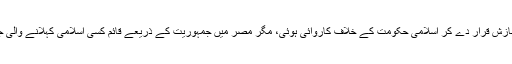
افغانستان میں اسلامی حکومت کا قیام جمہوریت کے خلاف سازش قرار دے کر اسلامی حکومت کے خلاف کاروائی ہوئی، مگر مصر میں جمہوریت کے ذریعے قائم کسی اسلامی کہلانے والی جماعت کی جمہوری طریقے سے قائم حکومت بھی نامنظور۔